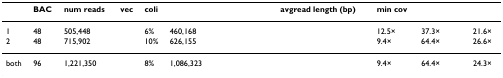
<table><thead><tr><td>[EMPTY_CELL]</td><td><b>BAC</b></td><td><b>num reads</b></td><td><b>vec</b></td><td><b>coli</b></td><td>[EMPTY_CELL]</td><td><b>avgread length (bp)</b></td><td><b>min cov</b></td><td>[EMPTY_CELL]</td><td>[EMPTY_CELL]</td></tr></thead><tbody><tr><td>1</td><td>48</td><td>505,448</td><td>[EMPTY_CELL]</td><td>6%</td><td>460,168</td><td>[EMPTY_CELL]</td><td>12.5×</td><td>37.3×</td><td>21.6×</td></tr><tr><td>2</td><td>48</td><td>715,902</td><td>[EMPTY_CELL]</td><td>10%</td><td>626,155</td><td>[EMPTY_CELL]</td><td>9.4×</td><td>64.4×</td><td>26.6×</td></tr><tr><td>both</td><td>96</td><td>1,221,350</td><td>[EMPTY_CELL]</td><td>8%</td><td>1,086,323</td><td>[EMPTY_CELL]</td><td>9.4×</td><td>64.4×</td><td>24.3×</td></tr></tbody></table>